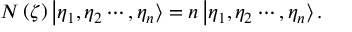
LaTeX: N \left( \zeta \right) \left| \eta _ { 1 } , \eta _ { 2 } \cdots , \eta _ { n } \right\rangle = n \left| \eta _ { 1 } , \eta _ { 2 } \cdots , \eta _ { n } \right\rangle .